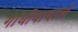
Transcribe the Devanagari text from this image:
गांधीवादाचे